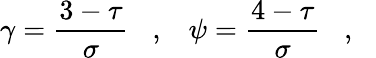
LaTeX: \gamma=\frac{3-\tau}{\sigma}\, \, \, \, \, ,\, \, \, \, \, \psi=\frac{4-\tau}{\sigma}\, \, \, \, \, ,\, \, \, \, \,